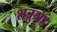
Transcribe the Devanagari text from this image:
शत्रुग्रह